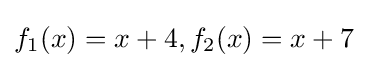
f_{1}(x)=x+4,f_{2}(x)=x+7